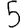
Digit: 5